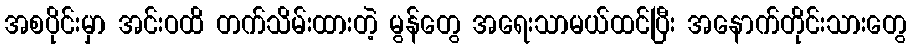
အစပိုင်းမှာ အင်းဝထိ တက်သိမ်းထားတဲ့ မွန်တွေ အရေးသာမယ်ထင်ပြီး အနောက်တိုင်းသားတွေ